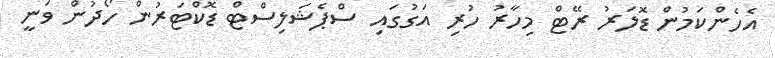
އެހެންކަމުން ޑޮލަރު ރޭޓް މިހާރު ހުރި އަގުގައި ސްޕެޝަލިސްޓް ޑޮކްޓަރުން ހޯދުން ވަނީ